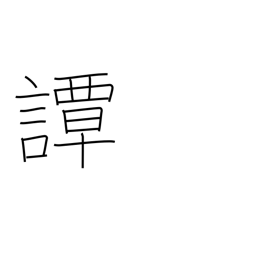
Meaning: talk